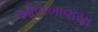
ઓળખાવાયા